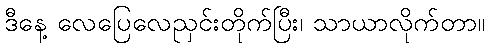
ဒီနေ့ လေပြေလေညှင်းတိုက်ပြီး၊ သာယာလိုက်တာ။